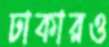
ঢাকারও